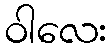
ဝါလေး